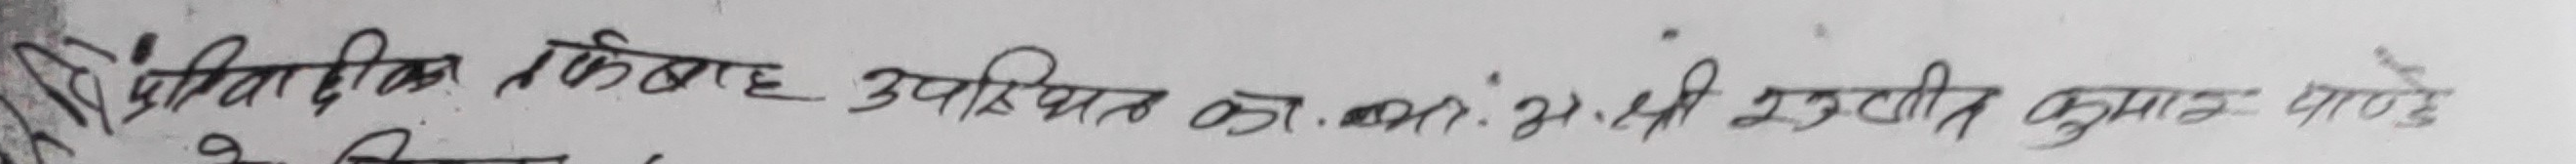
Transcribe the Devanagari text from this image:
वैयक्तिक किवाड उपस्थित का.आ.भा. श्री सुजीत कुमार पाण्डे